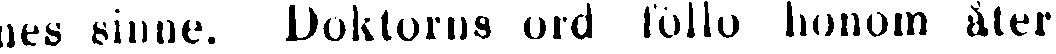
nes sinne. Doktorns ord föllo honom åter